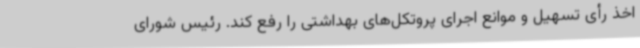
اخذ رأی تسهیل و موانع اجرای پروتکل‌های بهداشتی را رفع کند. رئیس شورای